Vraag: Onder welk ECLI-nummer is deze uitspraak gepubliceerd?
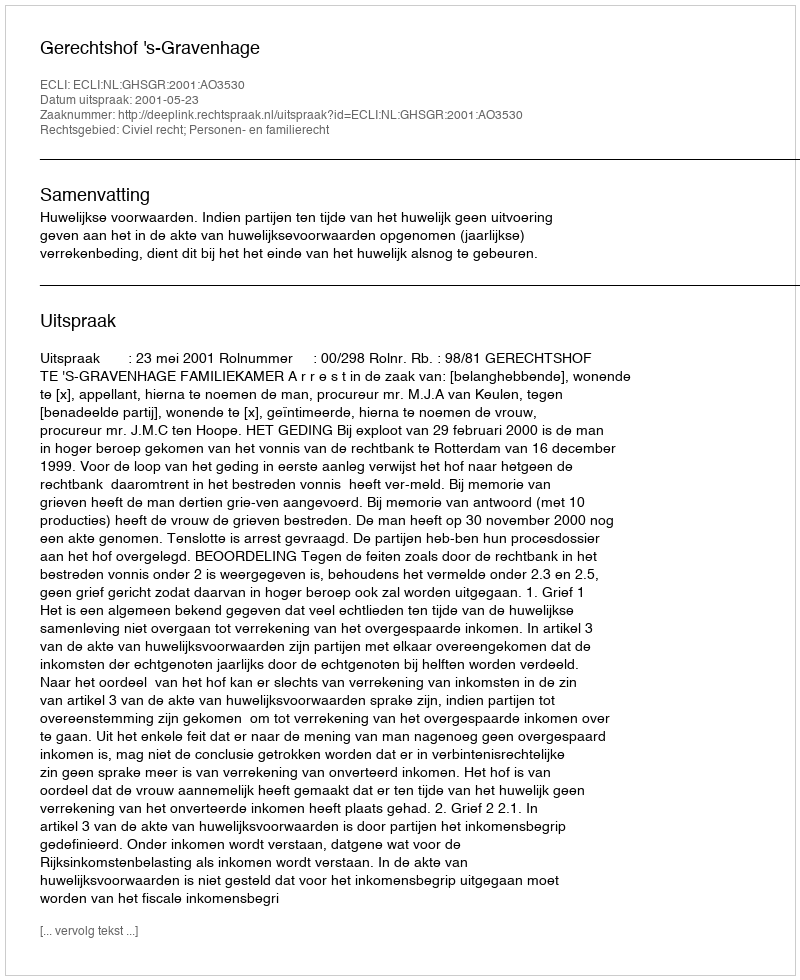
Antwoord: ECLI:NL:GHSGR:2001:AO3530